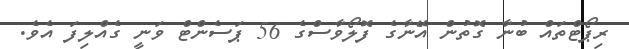
ރިޕޯޓްތައް ބުނާ ގޮތުން އޭނާގެ ފޮލޯވާސްގެ 56 ޕަސެންޓް ވަނީ ގެއްލިފަ އެވެ.